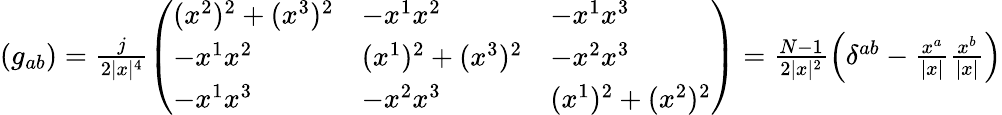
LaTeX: \begin{array}{r}{(g_{ab})=\frac{j}{2\vert x\vert^{4}}\left(\begin{array}{lll}{(x^{2})^{2}+(x^{3})^{2}}&{-x^{1}x^{2}}&{-x^{1}x^{3}}\\ {-x^{1}x^{2}}&{(x^{1})^{2}+(x^{3})^{2}}&{-x^{2}x^{3}}\\ {-x^{1}x^{3}}&{-x^{2}x^{3}}&{(x^{1})^{2}+(x^{2})^{2}}\end{array}\right)=\frac{N-1}{2\vert x\vert^{2}}\left(\delta^{ab}-\frac{x^{a}}{\vert x\vert}\frac{x^{b}}{\vert x\vert}\right)}\end{array}